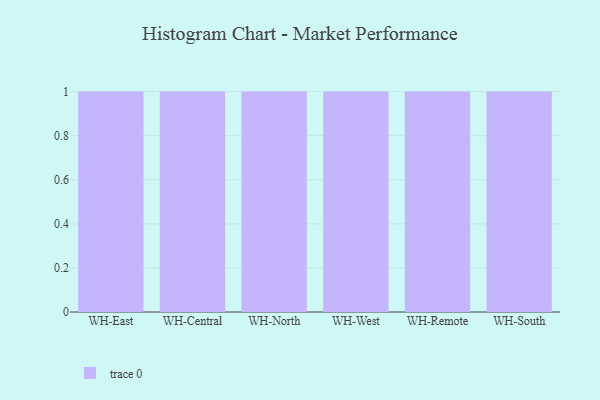
{"axis": {"x": "Warehouse", "y": "Operating Costs (USD K)"}, "legend": [""], "data": [{"x": "WH-East", "y": 92, "type": ""}, {"x": "WH-Central", "y": 56, "type": ""}, {"x": "WH-North", "y": 2, "type": ""}, {"x": "WH-West", "y": 17, "type": ""}, {"x": "WH-Remote", "y": 38, "type": ""}, {"x": "WH-South", "y": 73, "type": ""}]}